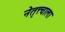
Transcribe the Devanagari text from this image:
नेतृत्त्वाला